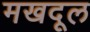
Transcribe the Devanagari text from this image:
मखदूल